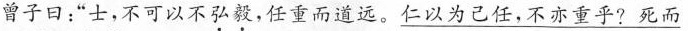
曾子曰：”士，不可以不弘毅，任重而道远。\underline仁以为己任，不亦重乎?死而